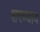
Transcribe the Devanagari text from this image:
शरण्याय